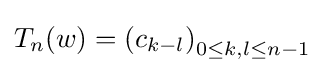
T_{n}(w)=\left(c_{k-l}\right)_{0\leq k,l\leq n-1}